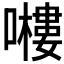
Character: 𭋶